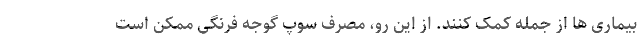
بیماری ها از جمله کمک کنند. از این رو، مصرف سوپ گوجه فرنگی ممکن است